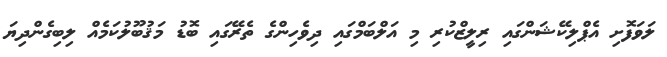
ލަވަފޮށި އެޕްލިކޭޝަންގައި ރިލީޒްކުރި މި އަލްބަމްގައި ދިވެހިންގެ ތެރޭގައި ބޮޑު މަޤުބޫލުކަމެއް ލިބިގެންދިޔަ